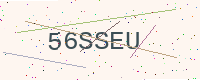
Text: 56SSEU